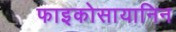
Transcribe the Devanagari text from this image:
फाइकोसायानिन